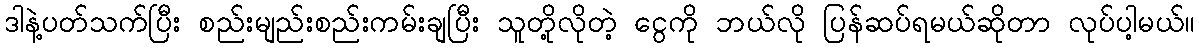
ဒါနဲ့ပတ်သက်ပြီး စည်းမျည်းစည်းကမ်းချပြီး သူတို့လိုတဲ့ ငွေကို ဘယ်လို ပြန်ဆပ်ရမယ်ဆိုတာ လုပ်ပါ့မယ်။